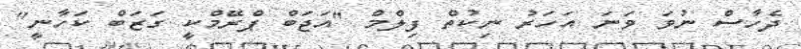
ދެހާސް ނުވަ ވަނަ އަހަރު ނިކުތް ފިލްމް "އަޖަބް ޕްރޭމްކީ ގަޒަބް ކަހާނީ"